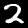
Label: 2